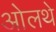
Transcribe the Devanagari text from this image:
ओलथे